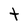
Character: t